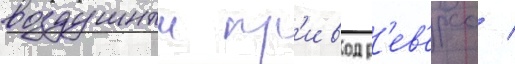
воздушныи пр'ивод р'ев'ерса /